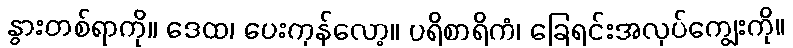
နွားတစ်ရာကို။ ဒေထ၊ ပေးကုန်လော့။ ပရိစာရိကံ၊ ခြေရင်းအလုပ်ကျွေးကို။